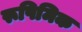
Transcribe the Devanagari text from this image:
रूपिमिक